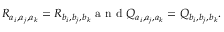
R _ { a _ { i } , a _ { j } , a _ { k } } = R _ { b _ { i } , b _ { j } , b _ { k } } \mathrm { ~ a ~ n ~ d ~ } Q _ { a _ { i } , a _ { j } , a _ { k } } = Q _ { b _ { i } , b _ { j } , b _ { k } } .